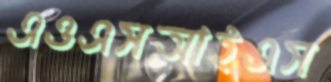
এওএসআইএস